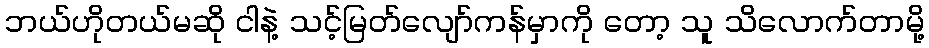
ဘယ်ဟိုတယ်မဆို ငါနဲ့ သင့်မြတ်လျော်ကန်မှာကို တော့ သူ သိလောက်တာမို့